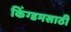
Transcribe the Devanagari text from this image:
किंग्डमसाठी